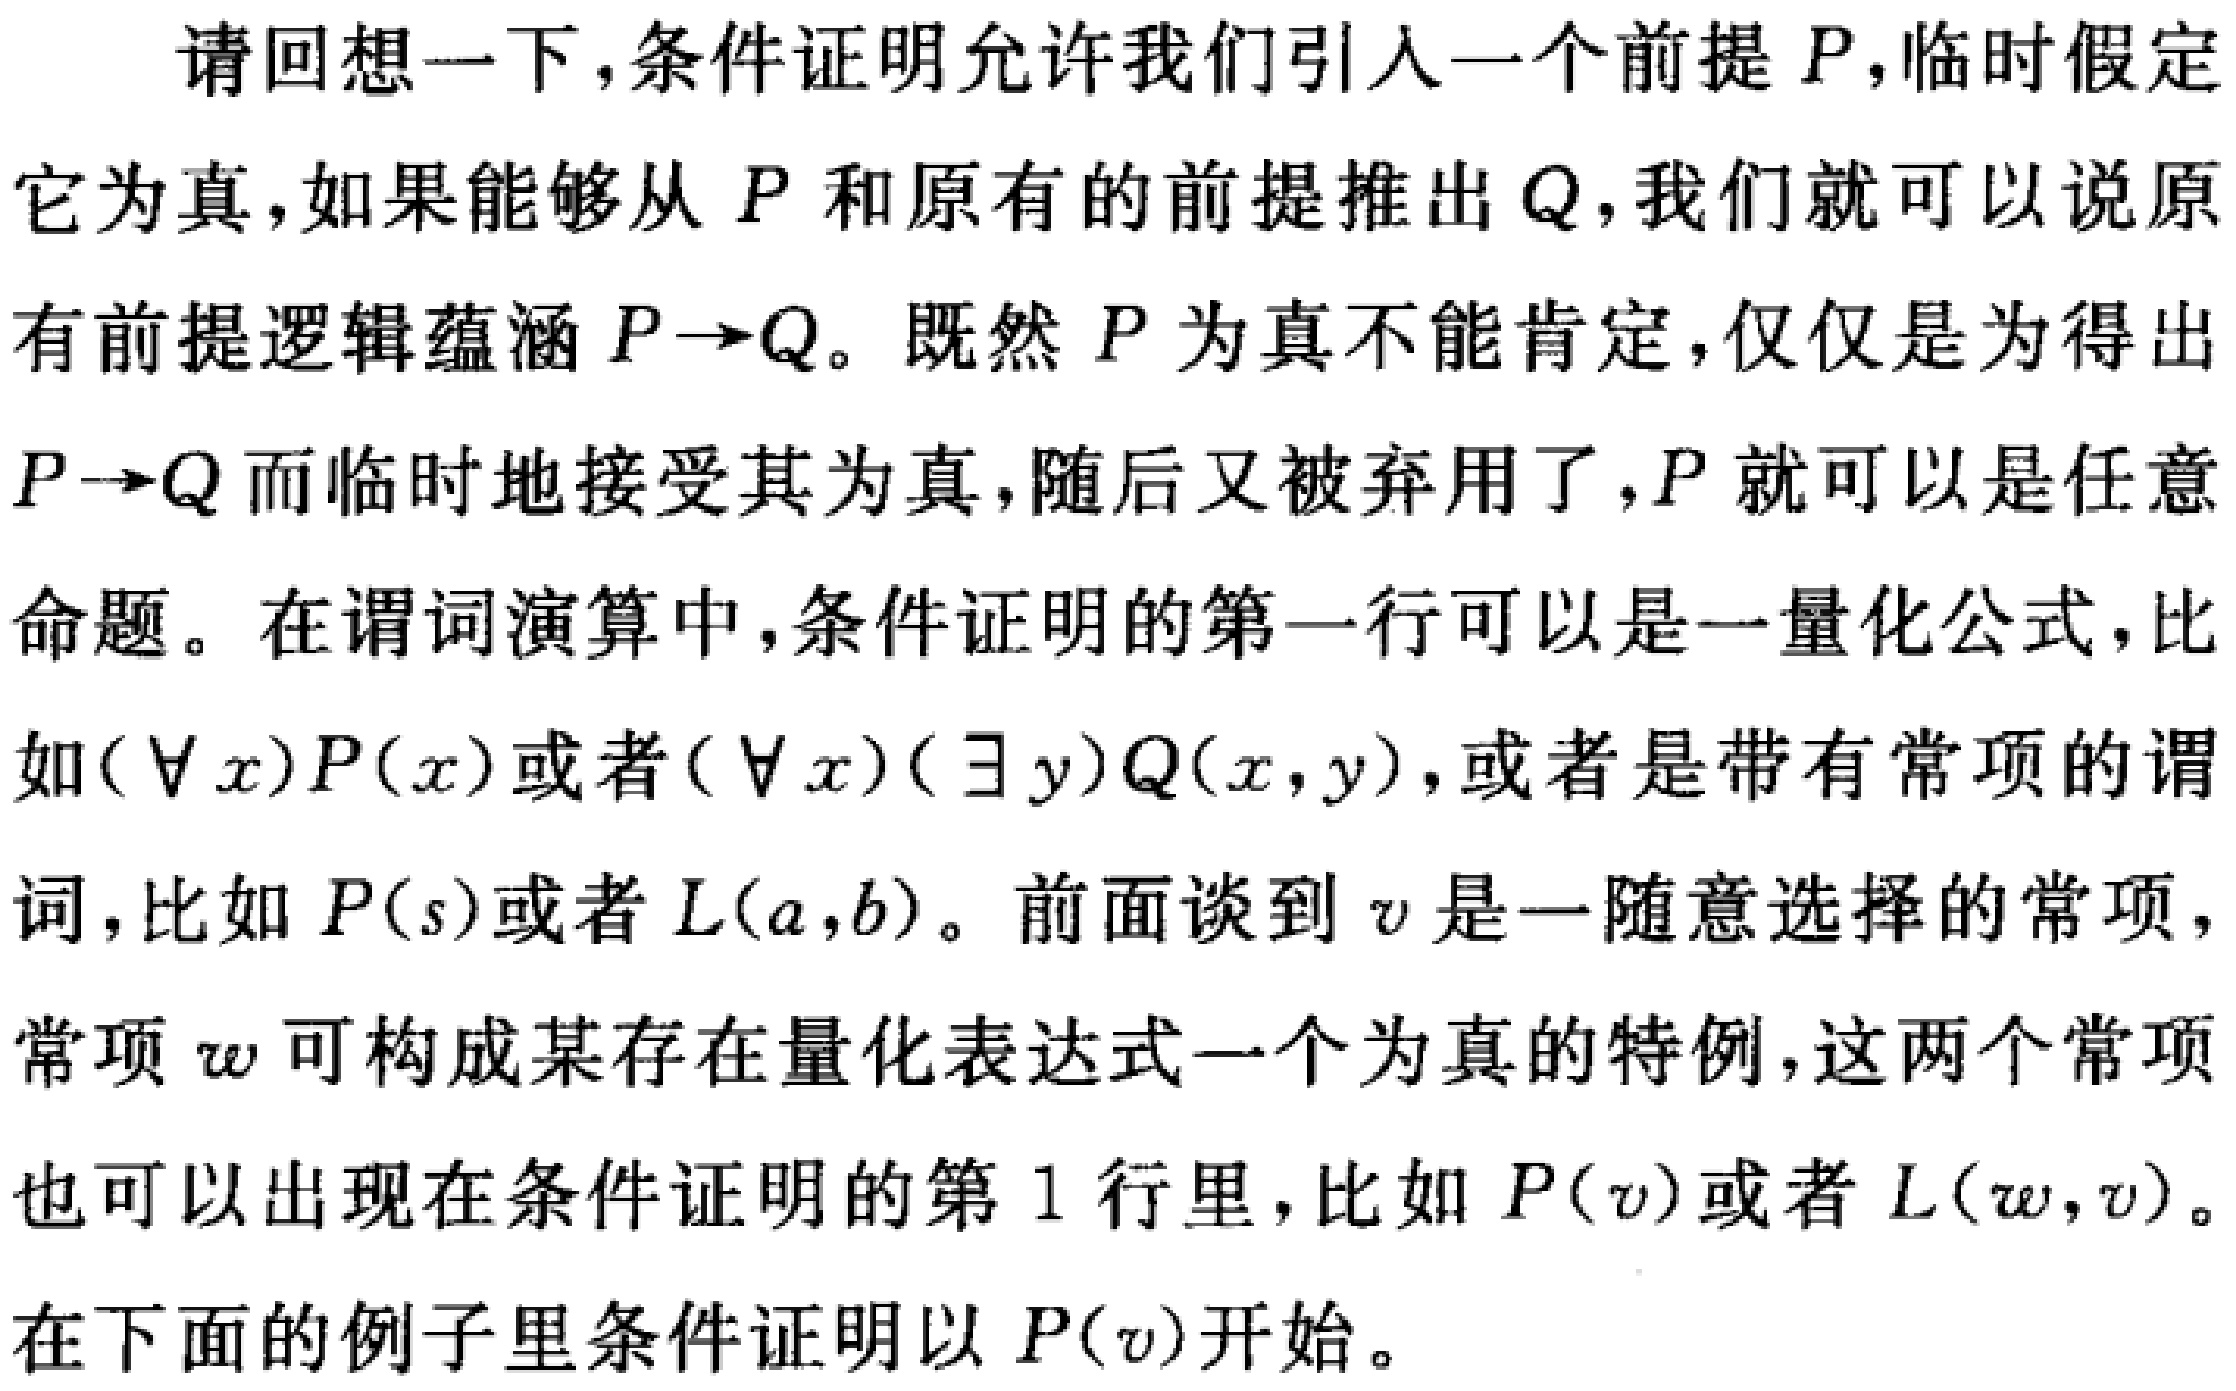
请回想一下，条件证明允许我们引入一个前提 \(P\)，临时假定
它为真，如果能够从 \(P\) 和原有的前提推出 \(Q\)，我们就可以说原
有前提逻辑蕴涵 \(P\rightarrow Q\)。既然 \(P\) 为真不能肯定，仅仅是为得出
\(P\rightarrow Q\) 而临时地接受其为真，随后又被弃用了，\(P\) 就可以是任意
命题。在谓词演算中，条件证明的第一行可以是一量化公式，比
如 \((\forall x)P(x)\) 或者 \((\forall x)(\exists y)Q(x,y)\)，或者是带有常项的谓
词，比如 \(P(s)\) 或者 \(L(a,b)\)。前面谈到 \(v\) 是一随意选择的常项，
常项 \(w\) 可构成某存在量化表达式一个为真的特例，这两个常项
也可以出现在条件证明的第 1 行里，比如 \(P(v)\) 或者 \(L(w,v)\)。
在下面的例子里条件证明以 \(P(v)\) 开始。